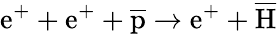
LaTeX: \textrm{e}^{+}+\textrm{e}^{+}+\overline{{\textrm{p}}}\rightarrow\textrm{e}^{+}+\overline{{\textrm{H}}}